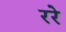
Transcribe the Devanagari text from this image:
ररे